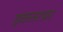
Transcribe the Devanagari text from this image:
इकतरफ़ा